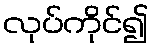
လုပ်ကိုင်၍